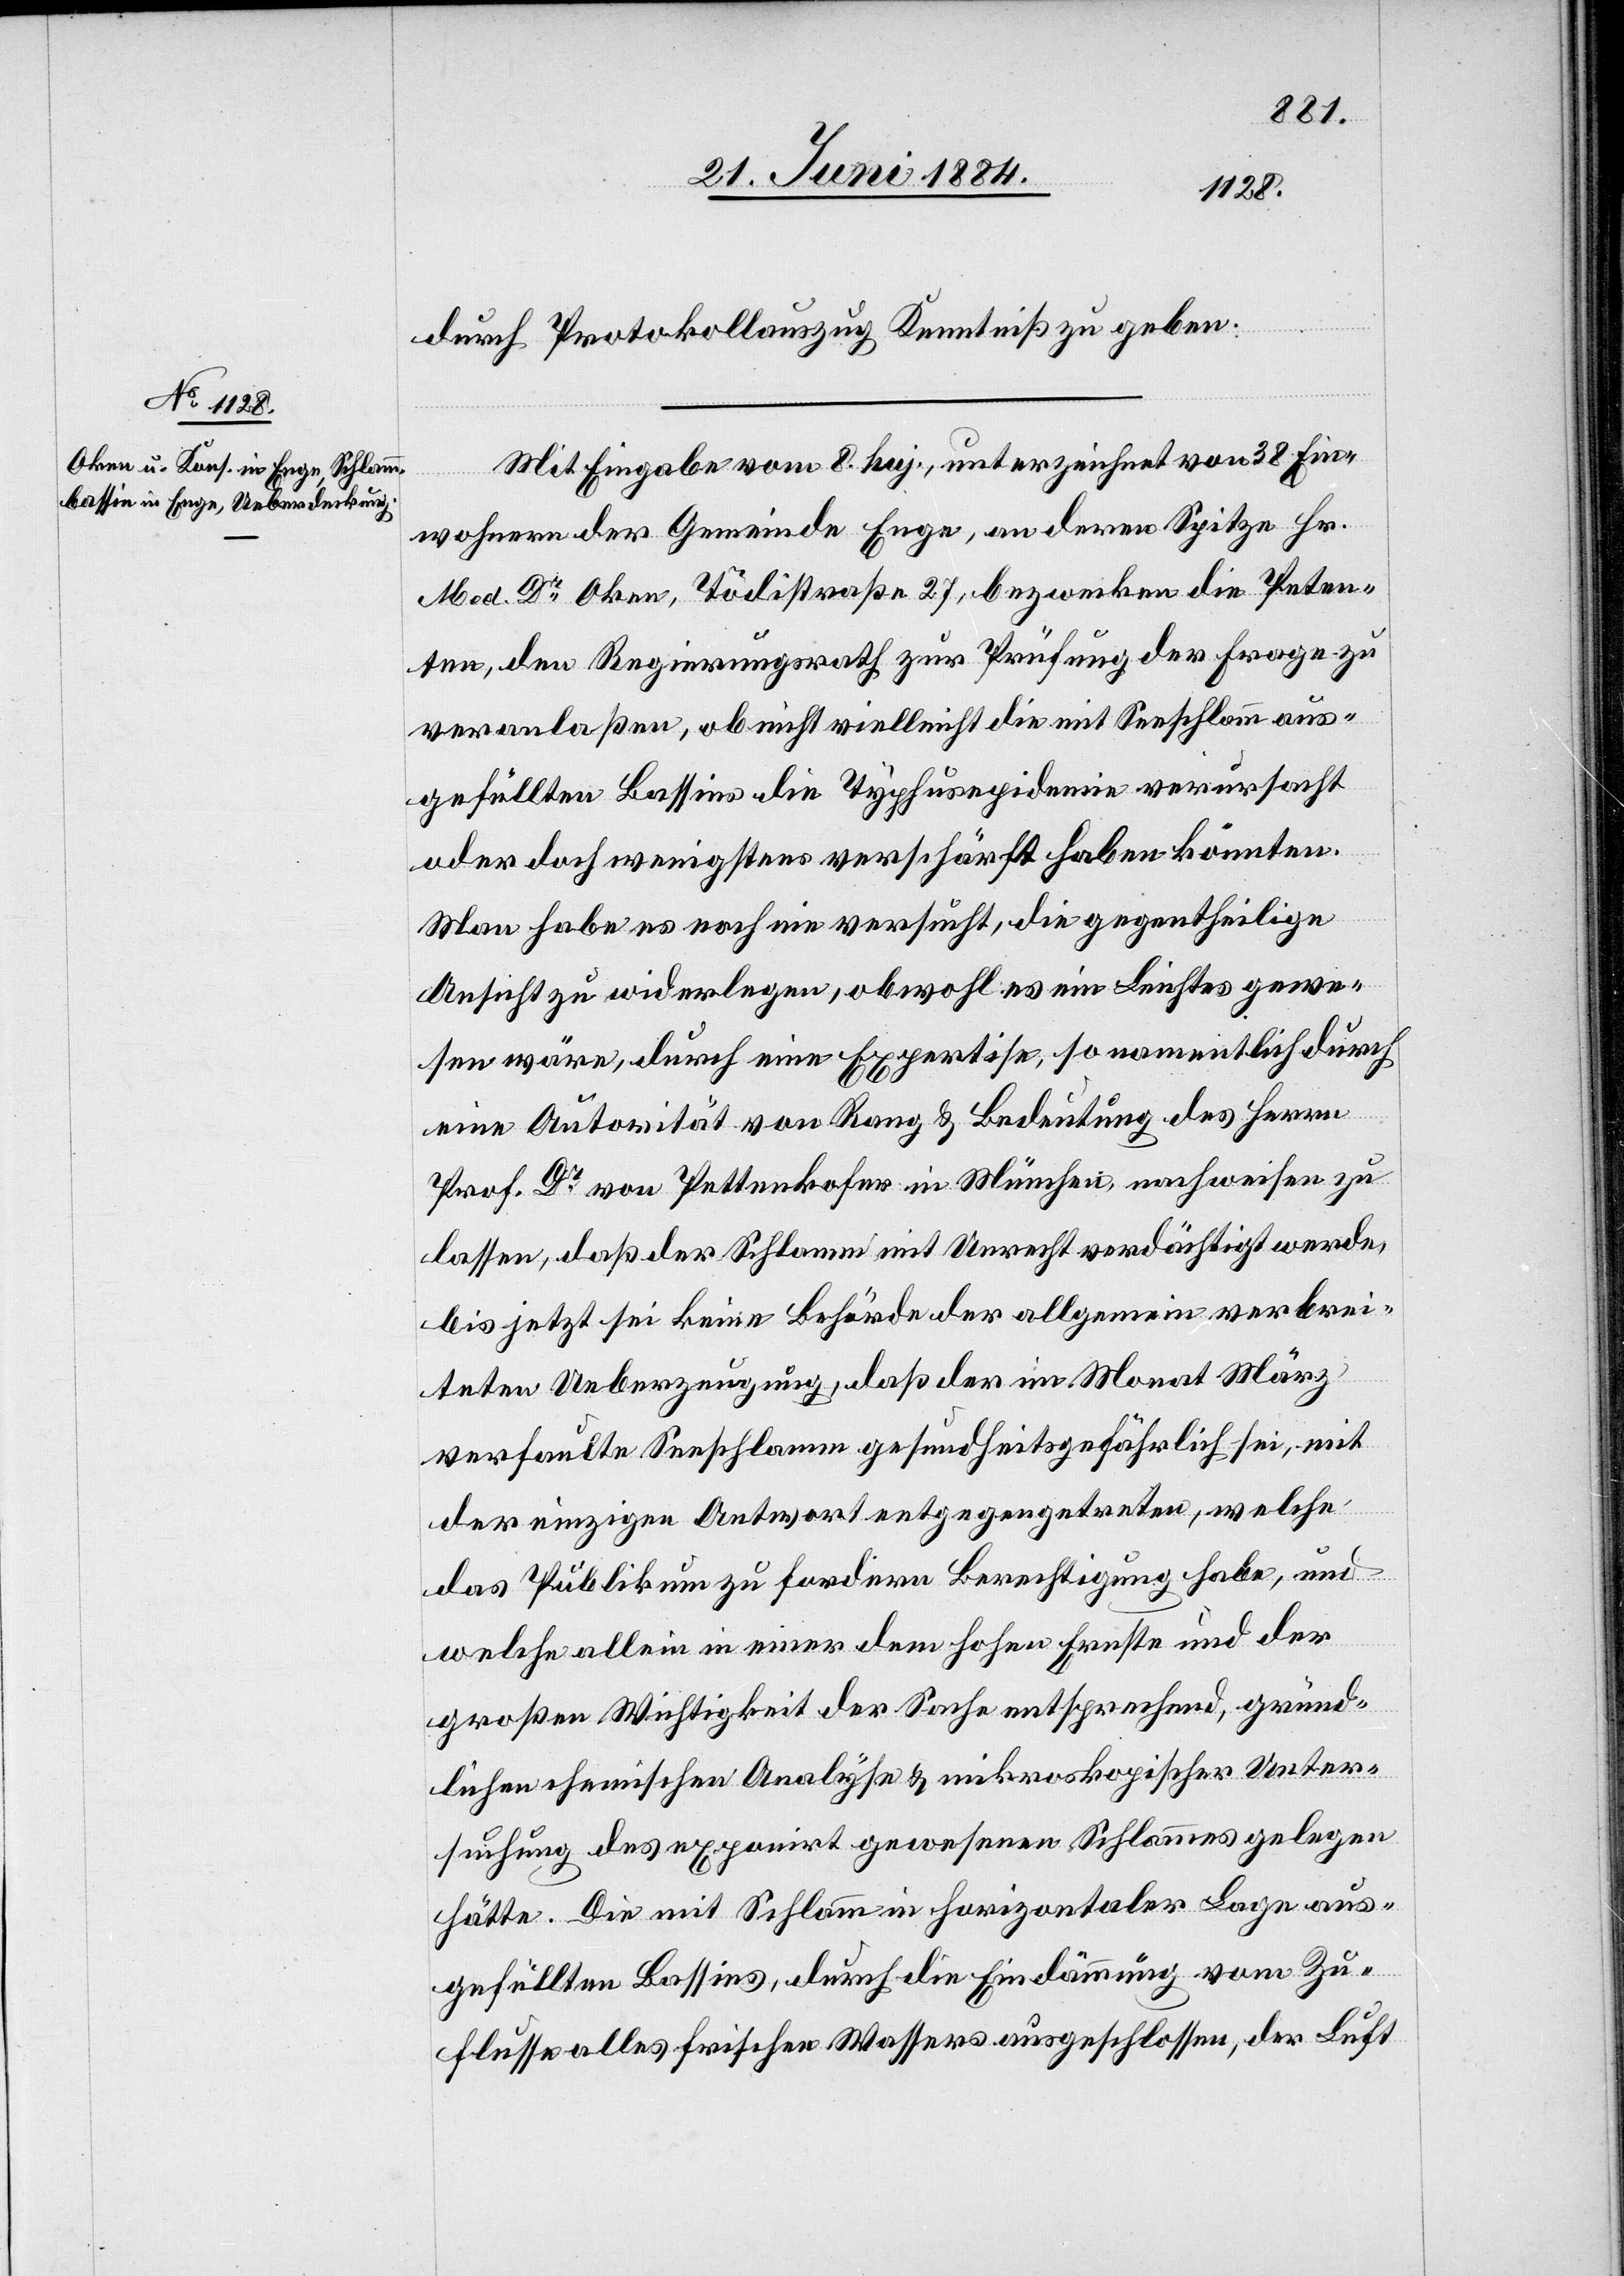
durch Protokollauszug Kenntniß zu geben.
Mit Eingabe vom 8. huj., unterzeichnet von 38 Ein¬
wohnern der Gemeinde Enge, an deren Spitze Hr.
Med. Dr Oken, Tödistraße 27, bezwecken die Peten¬
ten, den Regierungsrath zur Prüfung der Frage zu
veranlaßen, ob nicht vielleicht die mit Seeschlamm aus¬
gefüllten Bassins die Typhusepidemie verursacht
oder doch wenigstens verschärft haben könnten.
Man habe es noch nie versucht, die gegentheilige
Ansicht zu widerlegen, obwohl es ein Leichtes gewe¬
sen wäre, durch eine Expertise, so namentlich durch
eine Autorität von Rang & Bedeutung des Herrn
Prof Dr von Pettenkofer in München, nachweisen zu
lassen, daß der Schlamm mit Unrecht verdächtigt werde,
bis jetzt sei keine Behörde der allgemein verbrei¬
teten Ueberzeugung, daß der im Monat März
verfaulte Seeschlamm gesundheitsgefährlich sei, mit
der einzigen Antwort entgegengetreten, welche
das Publikum zu fordern Berechtigung habe, und
welche allein in einer dem hohen Ernste und der
großen Wichtigkeit der Sache entsprechend, gründ¬
lichen chemischen Analyse & mikroskopischer Unter¬
suchung des exponirt gewesenen Schlammes gelegen
hätte. Die mit Schlamm in horizontaler Lage aus¬
gefüllten Bassins, durch die Eindämmung vom Zu¬
flusse alles frischen Wassers ausgeschlossen, der Luft